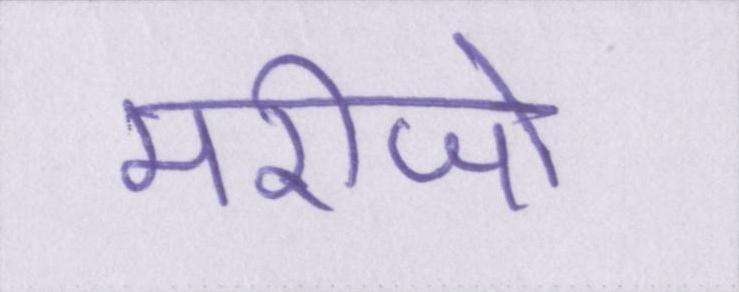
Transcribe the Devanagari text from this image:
मरीजो